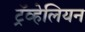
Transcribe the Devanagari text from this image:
ट्रॅव्हेलियन